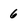
Character: 6